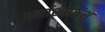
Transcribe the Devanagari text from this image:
गर्भाशयभ्रंश